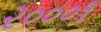
૨૦૦૦૧